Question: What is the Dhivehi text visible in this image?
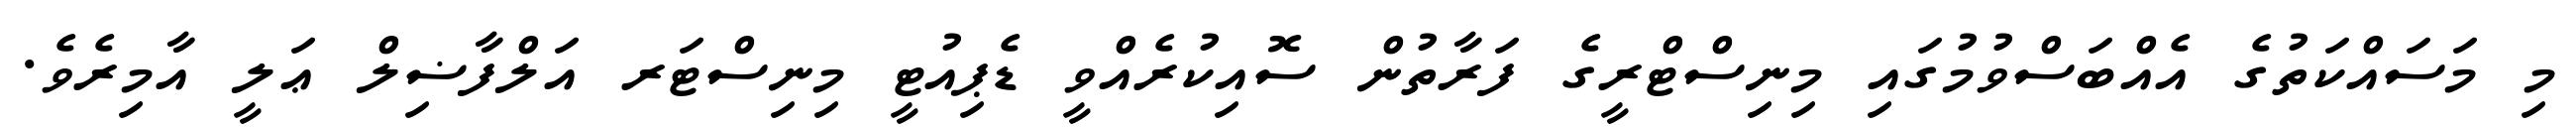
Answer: މި މަސައްކަތުގެ އެއްބަސްވުމުގައި މިނިސްޓްރީގެ ފަރާތުން ސޮއިކުރެއްވީ ޑެޕިއުޓީ މިނިސްޓަރ އަލްފާޟިލް ޢަލީ އާމިރެވެ.